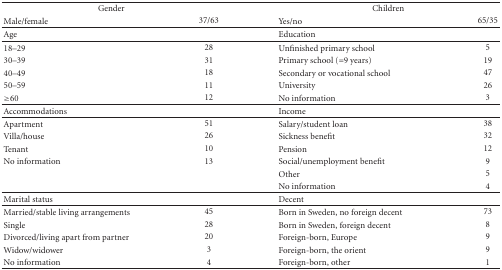
<table><thead><tr><td colspan="2"><b>Gender</b></td><td colspan="2"><b>Children</b></td></tr><tr><td><b>Male/female</b></td><td><b>37/63</b></td><td><b>Yes/no</b></td><td><b>65/35</b></td></tr></thead><tbody><tr><td>Age</td><td></td><td>Education</td><td></td></tr><tr><td>18–29</td><td>28</td><td>Unfinished primary school</td><td>5</td></tr><tr><td>30–39</td><td>31</td><td>Primary school (=9 years)</td><td>19</td></tr><tr><td>40–49</td><td>18</td><td>Secondary or vocational school</td><td>47</td></tr><tr><td>50–59</td><td>11</td><td>University</td><td>26</td></tr><tr><td>≥60</td><td>12</td><td>No information</td><td>3</td></tr><tr><td>Accommodations</td><td></td><td>Income</td><td></td></tr><tr><td>Apartment</td><td>51</td><td>Salary/student loan</td><td>38</td></tr><tr><td>Villa/house</td><td>26</td><td>Sickness benefit</td><td>32</td></tr><tr><td>Tenant</td><td>10</td><td>Pension</td><td>12</td></tr><tr><td>No information</td><td>13</td><td>Social/unemployment benefit</td><td>9</td></tr><tr><td></td><td></td><td>Other</td><td>5</td></tr><tr><td></td><td></td><td>No information</td><td>4</td></tr><tr><td>Marital status</td><td></td><td>Decent</td><td></td></tr><tr><td>Married/stable living arrangements</td><td>45</td><td>Born in Sweden, no foreign decent</td><td>73</td></tr><tr><td>Single</td><td>28</td><td>Born in Sweden, foreign decent</td><td>8</td></tr><tr><td>Divorced/living apart from partner</td><td>20</td><td>Foreign-born, Europe</td><td>9</td></tr><tr><td>Widow/widower</td><td>3</td><td>Foreign-born, the orient</td><td>9</td></tr><tr><td>No information</td><td>4</td><td>Foreign-born, other</td><td>1</td></tr></tbody></table>